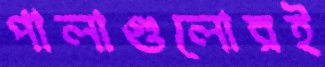
পালাগুলোরই